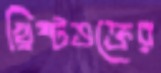
খ্রিষ্টভক্তের